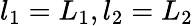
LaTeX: l_{1}=L_{1},l_{2}=L_{2}